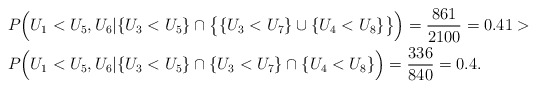
\begin{align*}& P\Big(U_1 < U_5 , U_6 | \{ U_3 < U_5 \} \cap \big\{ \{U_3 < U_7\} \cup \{U_4 < U_8\} \big\}\Big) = \frac{861}{2100} = 0.41 > \\ & P\Big(U_1 < U_5 , U_6 | \{ U_3 < U_5 \} \cap \{ U_3 < U_7 \} \cap \{U_4 < U_8\} \Big) = \frac{336}{840} = 0.4. \end{align*}